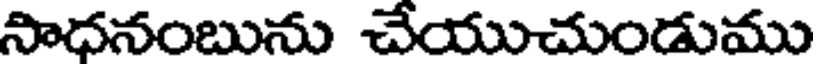
సాధనంబును చేయుచుండుము